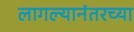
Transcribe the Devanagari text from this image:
लागल्यानंतरच्या